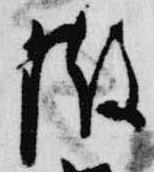
撤